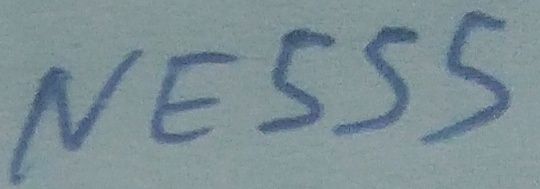
Text: NE555